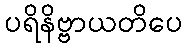
ပရိနိဗ္ဗာယတိပေ